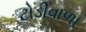
ટોડીવાળા